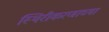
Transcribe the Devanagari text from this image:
स्थिरीकरणाच्या